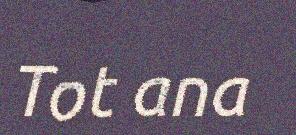
Tot ana